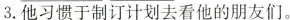
3.他习惯于制订计划去看他的朋友们。